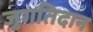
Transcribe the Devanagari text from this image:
जुगतिदान